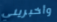
وأخبريني